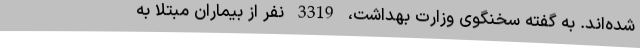
شده‌اند. به گفته سخنگوی وزارت بهداشت، 3319 نفر از بیماران مبتلا به